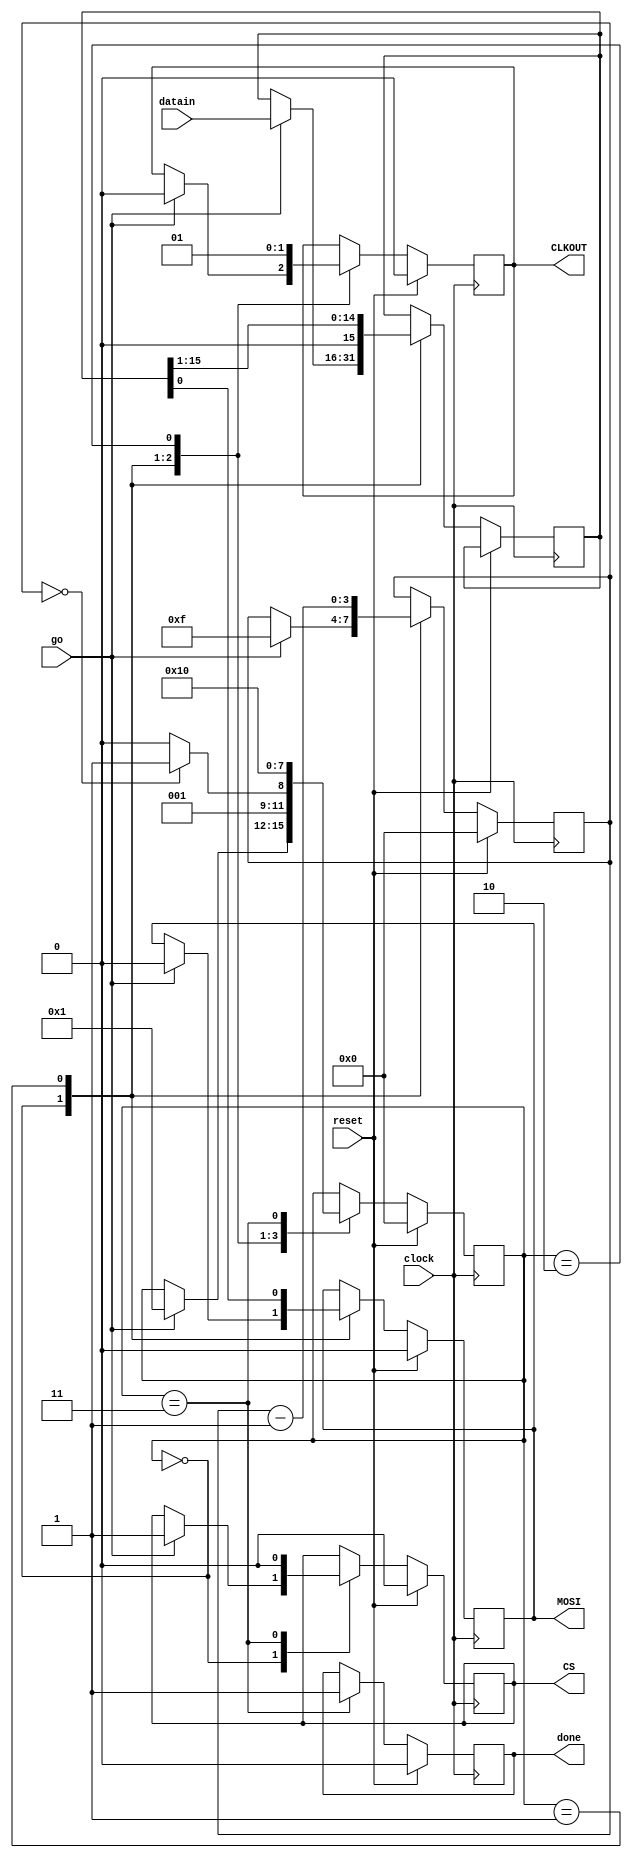
`timescale 1ns / 1ps
//////////////////////////////////////////////////////////////////////////////////
// Company: 
// Engineer: 
// 
// Design Name: 
// Module Name: SPI
// Project Name: 
// Target Devices: 
// Tool Versions: 
// Description: 
// 
// Dependencies: 
// 
// Revision:
// Revision 0.01 - File Created
// Additional Comments:
// 
//////////////////////////////////////////////////////////////////////////////////


module SPI(
    input clock,
    input reset,
    input [15:0] datain,
    input go,
    output reg CS,
    output reg MOSI,
    output reg CLKOUT,
    output reg done
    );
    
    reg [15:0] shiftreg;
    reg [3:0] bitcount;
    reg [3:0] state;
    
    //   G
    //    CS-------------CS
    //      CK-CK-CK-CK
    //    D0 D1 D2 D3
    always @(posedge(clock))
        begin
            if(reset)
                begin
                    bitcount <= 0;
                    CS <= 0;
                    MOSI <= 0;
                    CLKOUT <= 0;
                    done <= 0;
                    state <= 0; 
                end
            else // !reset
                begin
                    case (state)
                        000:
                            if(go)
                                begin
                                    state <= 1;
                                    CS <= 1;
                                    CLKOUT <= 0;
                                    MOSI <= 0;
                                    shiftreg <= datain;
                                    bitcount <= 15;
                                end
                        001:
                            begin    
                                MOSI <= shiftreg[0];            // LSB first;
                                shiftreg <= {1'b0,shiftreg[15:1]};
                                if(bitcount == 0)
                                    state <= 3;
                                else
                                   state <= 2;
                                bitcount <= bitcount-1;
                                CLKOUT <= 0;
                             end
                        002:
                            begin
                                CLKOUT <= 1;
                                    state <= 1;
                             end
                        003:
                            begin
                                CS <= 0;
                                done <= 1;
                                state <= 0;
                            end
                   endcase        
                end
           
        end
    
endmodule